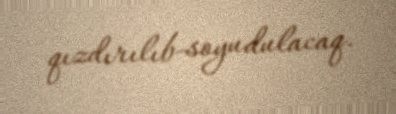
qızdırılıb-soyudulacaq.